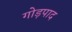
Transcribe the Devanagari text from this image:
गोड़पाद